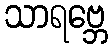
သာရဗ္ဘေ